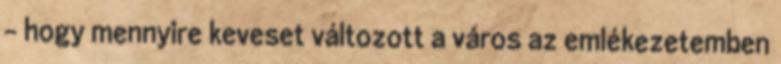
- hogy mennyire keveset változott a város az emlékezetemben